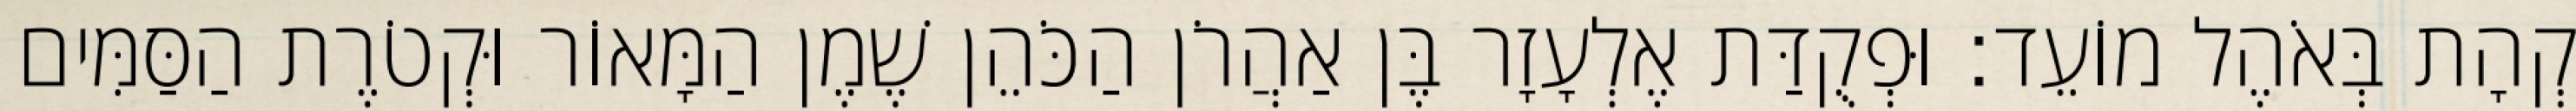
קְהָת בְּאֹהֶל מוֹעֵד׃ וּפְקֻדַּת אֶלְעָזָר בֶּן אַהֲרֹן הַכֹּהֵן שֶׁמֶן הַמָּאוֹר וּקְטֹרֶת הַסַּמִּים